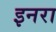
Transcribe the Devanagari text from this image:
इनरा